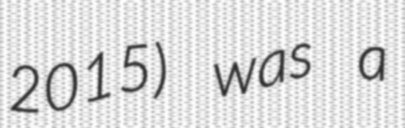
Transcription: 2015) was a